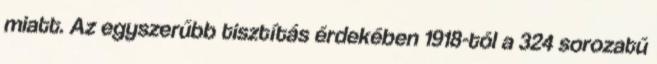
miatt. Az egyszerűbb tisztítás érdekében 1918-tól a 324 sorozatú